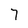
Character: 7